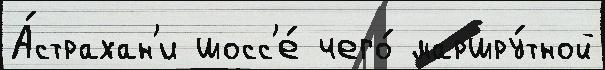
А́страхан'и шосс'е́ чего́ маршру́тной